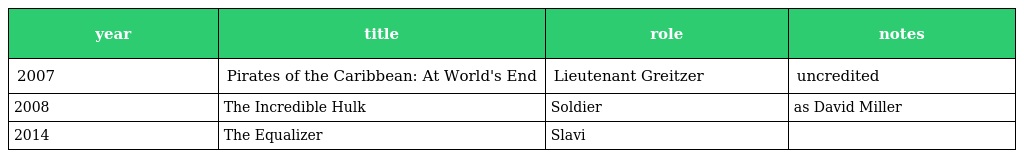
| year | title | role | notes |
 | --- | --- | --- | --- |
 | 2007 | Pirates of the Caribbean: At World's End | Lieutenant Greitzer | uncredited |
 | 2008 | The Incredible Hulk | Soldier | as David Miller |
 | 2014 | The Equalizer | Slavi |  |